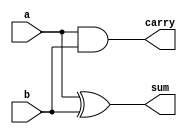
`timescale 1ns / 1ps
//////////////////////////////////////////////////////////////////////////////////
// Company: 
// Engineer: 
// 
// Design Name: 
// Module Name: half_adder1
// Project Name: 
// Target Devices: 
// Tool Versions: 
// Description: 
// 
// Dependencies: 
// 
// Revision:
// Revision 0.01 - File Created
// Additional Comments:
// 
//////////////////////////////////////////////////////////////////////////////////


module half_adder1(
 input a,
 input b,
 output sum,
 output carry
 );
 assign sum = a ^ b;
 assign carry = a & b;
 endmodule